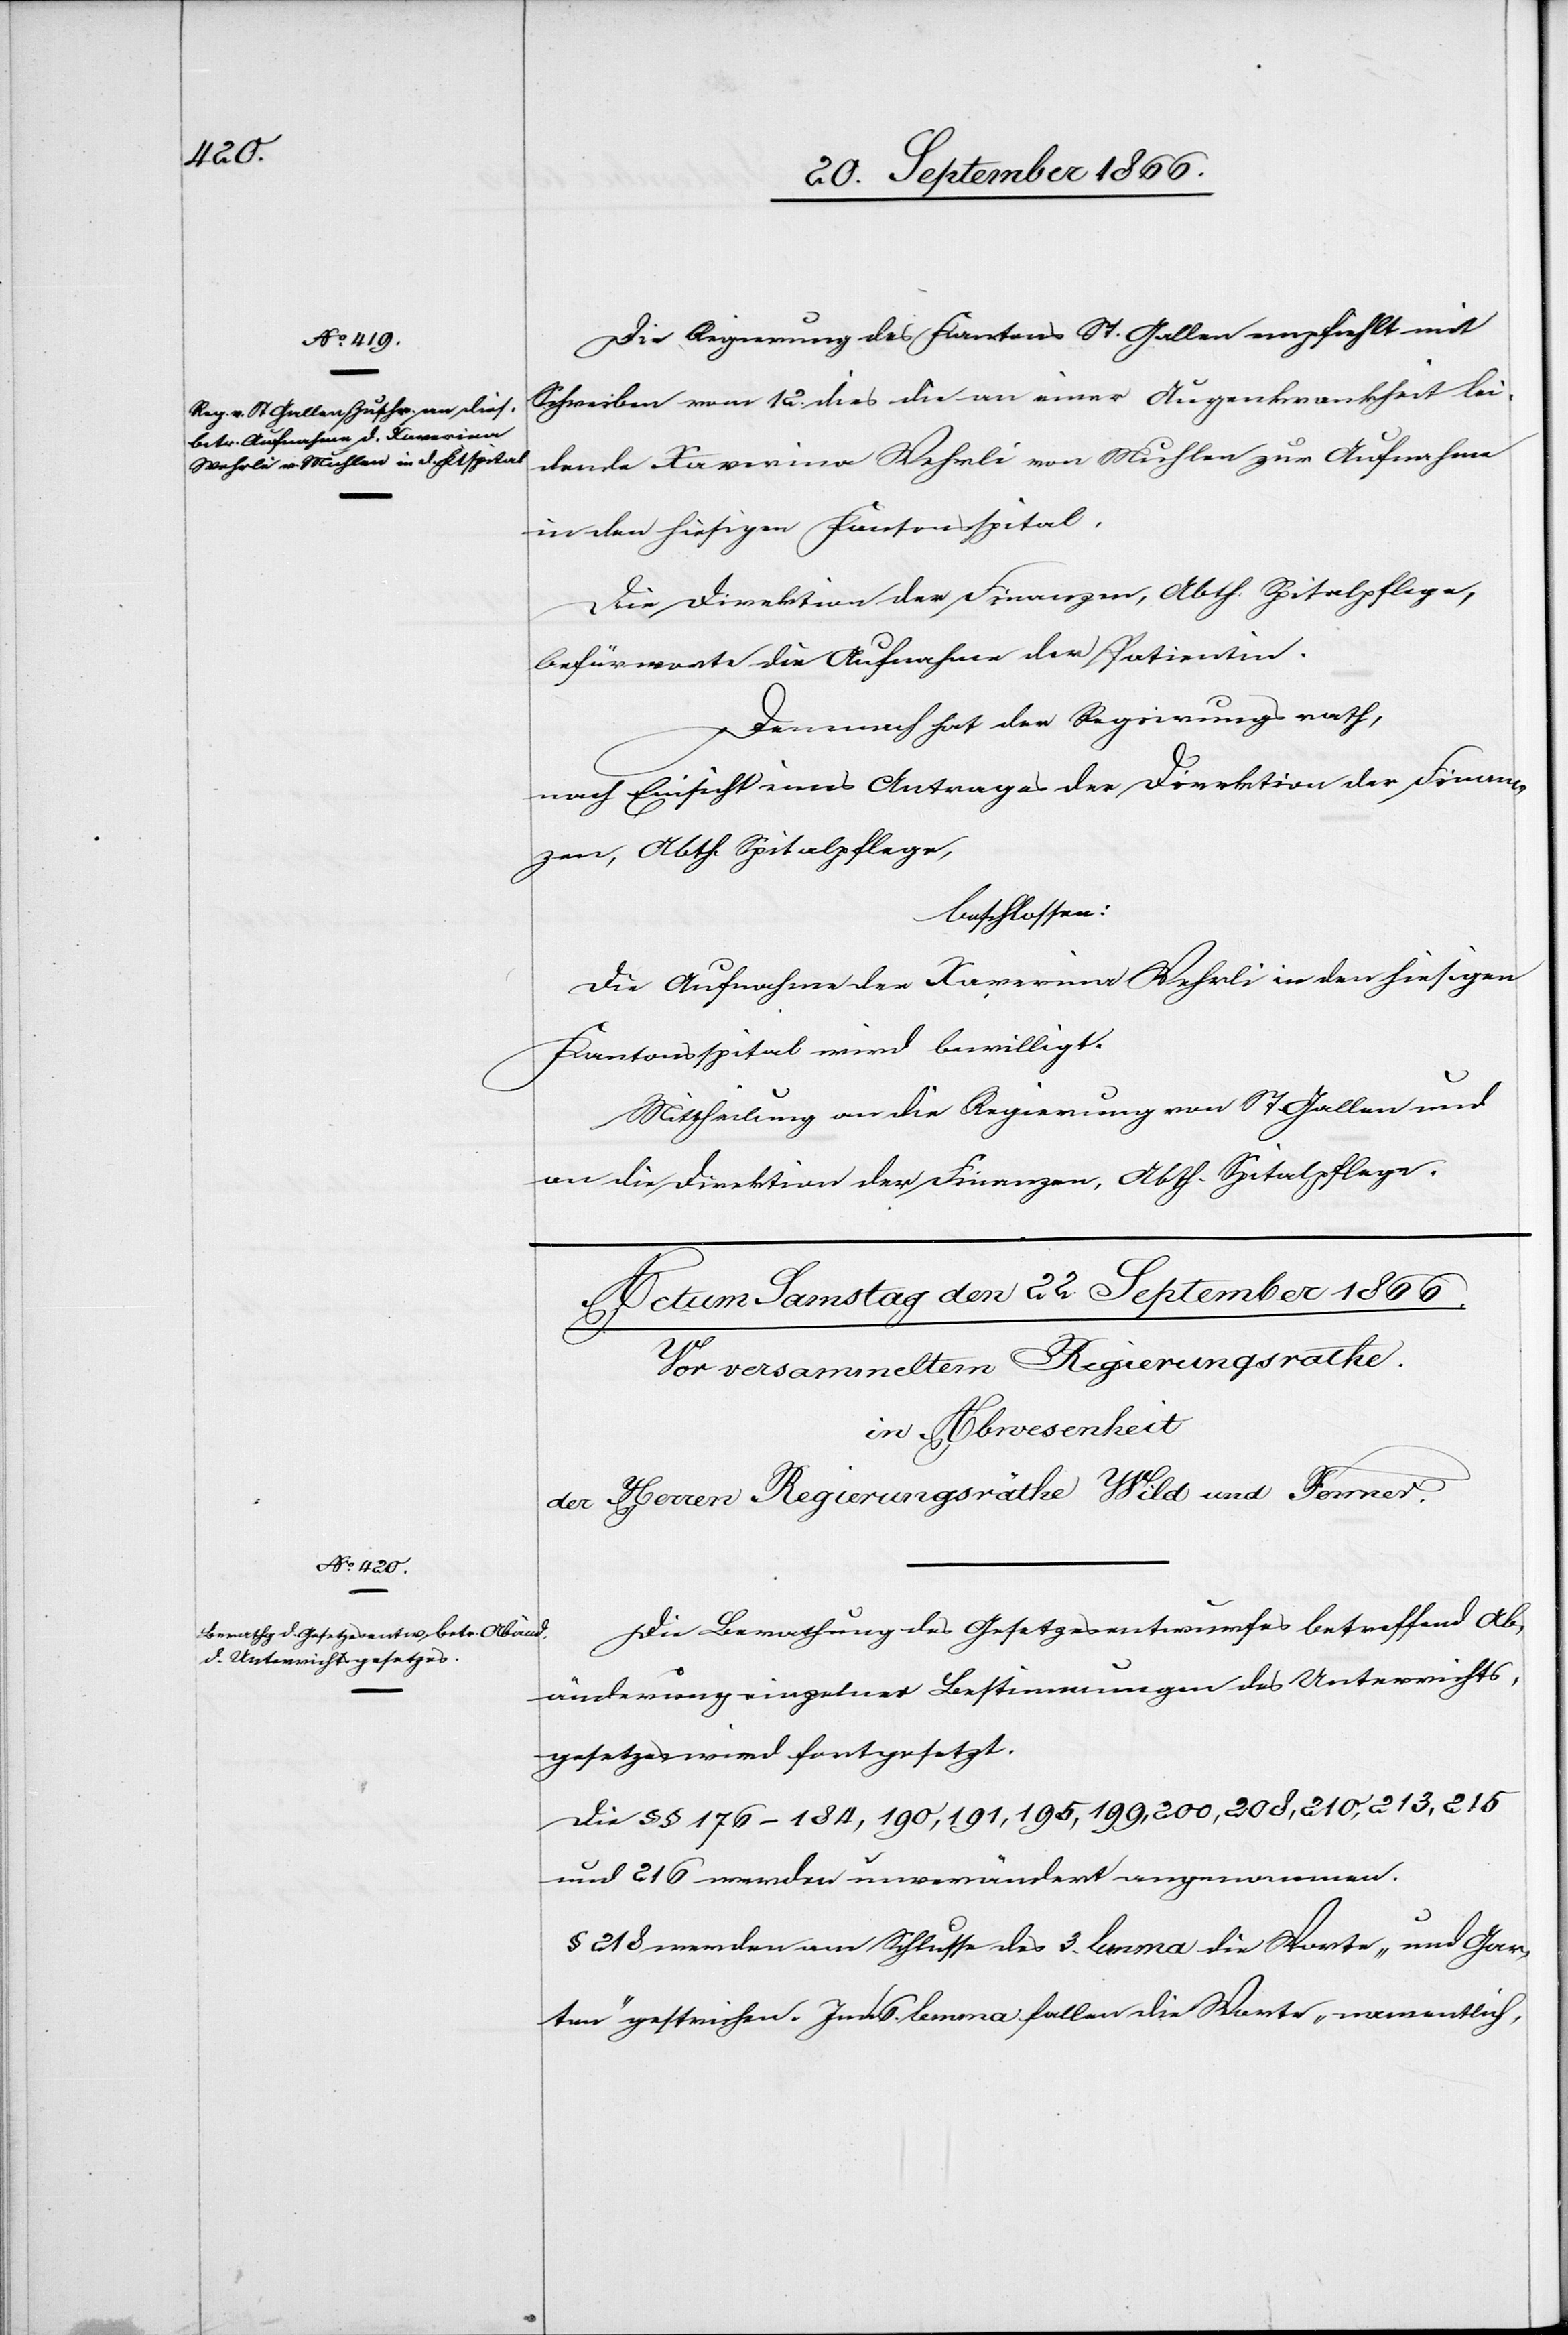
21. September 1866.]
Die Regierung des Kantons St. Gallen empfiehlt mit
Schreiben vom 12. dies die an einer Augenkrankheit lei¬
dende Xavarina Wehrli von Muhlen zur Aufnahme
in den hiesigen Kantonsspital.
Die Direktion der Finanzen, Abth. Spitalpflege,
befürwortet die Aufnahme der Patientin.
Demnach hat der Regierungsrath,
nach Einsicht eines Antrages der Direktion der Finan¬
zen, Abth. Spitalpflege,
beschlossen:
Die Aufnahme der Xavarina Wehrli in den hiesigen
Kantonsspital wird bewilligt.
Mittheilung an die Regierung von St. Gallen und
an die Direktion der Finanzen, Abth. Spitalpflege.
Die Berathung des Gesetzesentwurfes betreffend Ab¬
änderung einzelner Bestimmungen des Unterrichts¬
gesetzes wird fortgesetzt.
Die § § 176–184, 190, 191, 195, 199, 200, 208, 210, 213, 215
und 216 werden unverändert angenommen.
§ 218 werden am Schluss des 3. lemma die Worte „und Gar¬
ten“ gestrichen. Im 6. lemma fallen die Worte „namentlich,